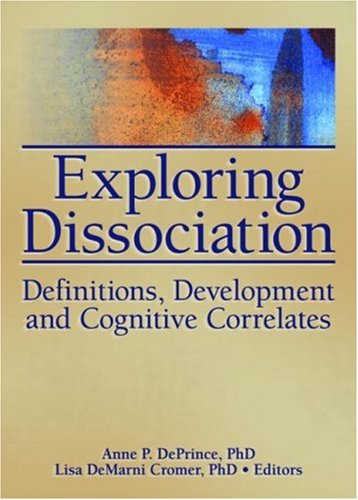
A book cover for Exploring Dissociation: Definitions, Development and Cognitive Correlates (Journal of Trauma & Dissociation); Anne P. Deprince; Health, Fitness & Dieting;